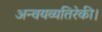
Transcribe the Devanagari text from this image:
अन्वयव्यतिरेकी।